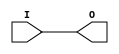
module uut_param_attr (I, O);

(* PARAMETER_ATTRIBUTE = "attribute_content" *)
parameter WIDTH = 1;

input  wire [WIDTH-1:0] I;
output wire [WIDTH-1:0] O;

assign O = I;

endmodule